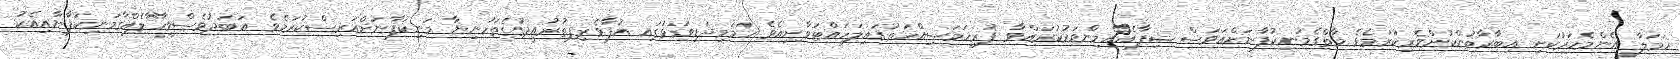
ހަމަލާ އެންމެހަރުކަށި އިބާރާތުންކުށްވެރިކުރަމެވެ މާތްގެމަނިކުފާނަށްއަވަސް ޝިފާއެއްމިންވަރުކުރައްވާ ފުރިހަމަސިއްހަތުގައިލަހައްޓަވާށިއެވެ ހަމަމިދަޑިވަޅުގައި އުފާވެރިފިތުރުއީދުގެތަހުނިޔާ މަނިކުފާނަށްއަރިސްކުރަމެވެ އަބަދުވެސްވީހާލެއްގާމަނިކުފާނާއިއެކު